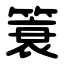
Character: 簑